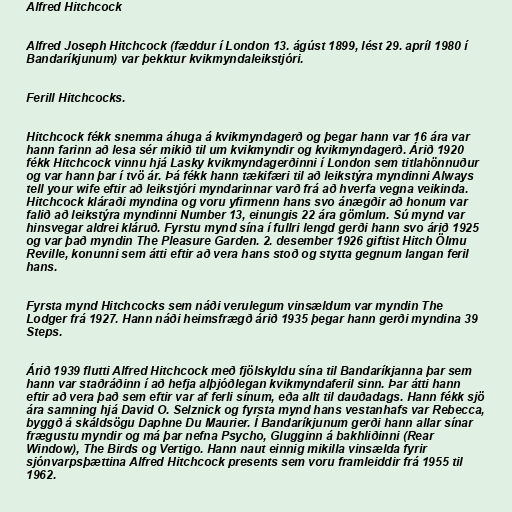
Alfred Hitchcock

Alfred Joseph Hitchcock (fæddur í London 13. ágúst 1899, lést 29. apríl 1980 í
Bandaríkjunum) var þekktur kvikmyndaleikstjóri.

Ferill Hitchcocks.

Hitchcock fékk snemma áhuga á kvikmyndagerð og þegar hann var 16 ára var
hann farinn að lesa sér mikið til um kvikmyndir og kvikmyndagerð. Árið 1920
fékk Hitchcock vinnu hjá Lasky kvikmyndagerðinni í London sem titlahönnuður
og var hann þar í tvö ár. Þá fékk hann tækifæri til að leikstýra myndinni Always
tell your wife eftir að leikstjóri myndarinnar varð frá að hverfa vegna veikinda.
Hitchcock kláraði myndina og voru yfirmenn hans svo ánægðir að honum var
falið að leikstýra myndinni Number 13, einungis 22 ára gömlum. Sú mynd var
hinsvegar aldrei kláruð. Fyrstu mynd sína í fullri lengd gerði hann svo árið 1925
og var það myndin The Pleasure Garden. 2. desember 1926 giftist Hitch Ölmu
Reville, konunni sem átti eftir að vera hans stoð og stytta gegnum langan feril
hans.

Fyrsta mynd Hitchcocks sem náði verulegum vinsældum var myndin The
Lodger frá 1927. Hann náði heimsfrægð árið 1935 þegar hann gerði myndina 39
Steps.

Árið 1939 flutti Alfred Hitchcock með fjölskyldu sína til Bandaríkjanna þar sem
hann var staðráðinn í að hefja alþjóðlegan kvikmyndaferil sinn. Þar átti hann
eftir að vera það sem eftir var af ferli sínum, eða allt til dauðadags. Hann fékk sjö
ára samning hjá David O. Selznick og fyrsta mynd hans vestanhafs var Rebecca,
byggð á skáldsögu Daphne Du Maurier. Í Bandaríkjunum gerði hann allar sínar
frægustu myndir og má þar nefna Psycho, Glugginn á bakhliðinni (Rear
Window), The Birds og Vertigo. Hann naut einnig mikilla vinsælda fyrir
sjónvarpsþættina Alfred Hitchcock presents sem voru framleiddir frá 1955 til
1962.